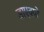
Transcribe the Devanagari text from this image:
डाएक्यो